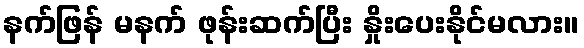
နက်ဖြန် မနက် ဖုန်းဆက်ပြီး နှိုးပေးနိုင်မလား။